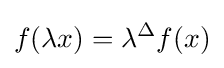
f(\lambda x)=\lambda ^{\Delta }f(x)